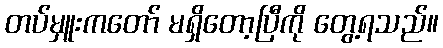
တပ်မှူးကတော် မရှိတော့ပြီကို တွေ့ရသည်။